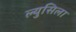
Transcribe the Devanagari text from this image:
ल्युसिला